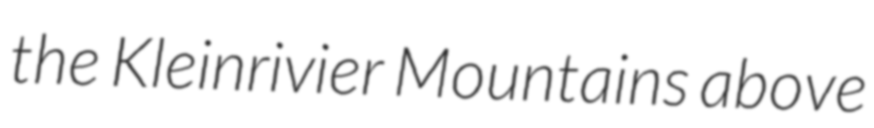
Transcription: the Kleinrivier Mountains above